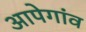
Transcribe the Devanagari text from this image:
आपेगांव